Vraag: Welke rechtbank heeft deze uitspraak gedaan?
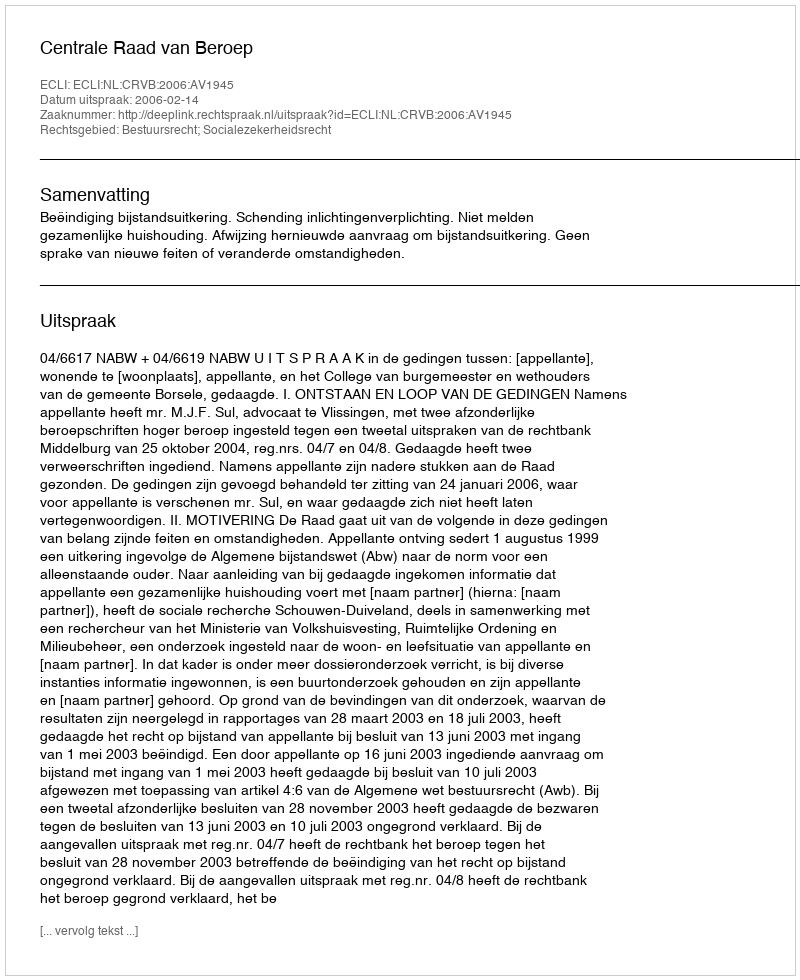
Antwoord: Centrale Raad van Beroep